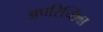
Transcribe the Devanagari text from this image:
अपरिच्छिन्न